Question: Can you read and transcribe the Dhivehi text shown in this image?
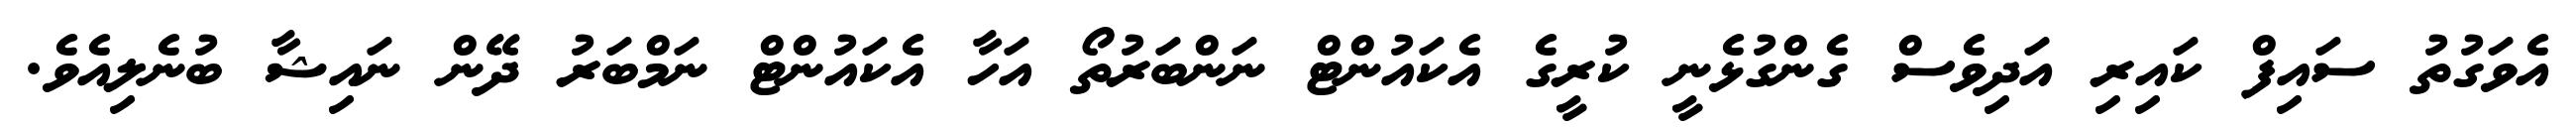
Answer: އެވަގުތު ސައިފް ކައިރި އަދިވެސް ގެންގުޅެނީ ކުރީގެ އެކައުންޓް ނަންބަރުތޯ އަހާ އެކައުންޓް ނަމްބަރު ދޭން ނައިޝާ ބުނެލިއެވެ.